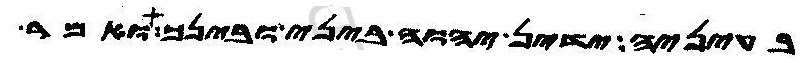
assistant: בעיניה ידין יהוה ביני ובינך ואמר